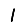
Digit: 1